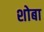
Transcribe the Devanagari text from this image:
शोबा